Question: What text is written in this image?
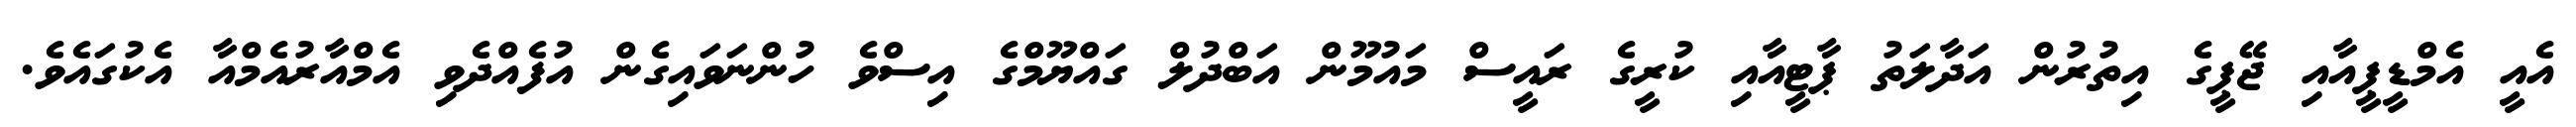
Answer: އެއީ އެމްޑީޕީއާއި ޖޭޕީގެ އިތުރުން އަދާލަތު ޕާޓީއާއި ކުރީގެ ރައީސް މައުމޫން އަބްދުލް ގައްޔޫމްގެ އިސްވެ ހުންނަވައިގެން އުފެއްދެވި އެމްއާރުއެމްއާ އެކުގައެވެ.